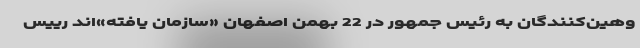
وهین‌کنندگان به رئیس جمهور در 22 بهمن اصفهان «سازمان یافته»اند رییس